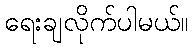
ရေးချလိုက်ပါမယ်။